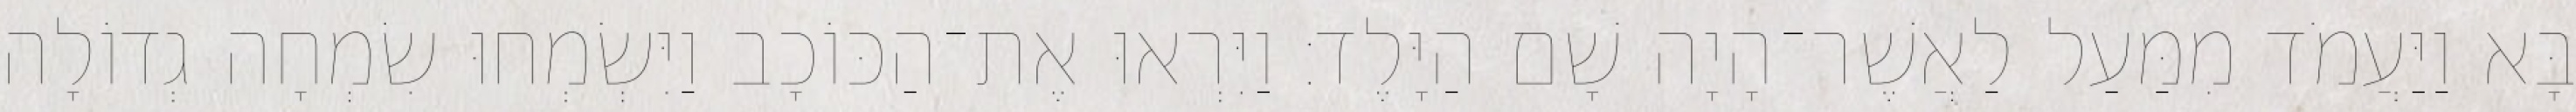
בָּא וַיַּעֲמֹד מִמַּעַל לַאֲשֶׁר־הָיָה שָׁם הַיָּלֶד׃ וַיִּרְאוּ אֶת־הַכּוֹכָב וַיִּשְׂמְחוּ שִׂמְחָה גְדוֹלָה